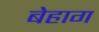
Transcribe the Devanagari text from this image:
बेहाग